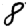
Digit: 8